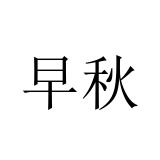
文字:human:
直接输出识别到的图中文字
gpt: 早秋